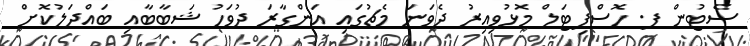
ސެޓުން ފ. ހޮސްޕިޓަލް މޮޅުވިއިރު ދެވަނަ މެޗުގައި އަންގާރަ ދުވަހު ޝަބާބާއި ބައްދަލުކޮށް